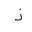
Letter: _thal